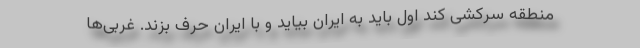
منطقه سرکشی کند اول باید به ایران بیاید و با ایران حرف بزند. غربی‌ها